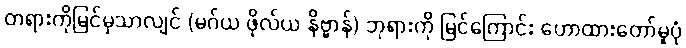
တရားကိုမြင်မှသာလျင် (မဂ်ယ ဖိုလ်ယ နိဗ္ဗာန်) ဘုရားကို မြင်ကြောင်း ဟောထားတော်မူပုံ